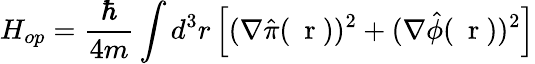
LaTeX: H_{op}=\frac{\hbar}{4m}\int d^{3}r\left[(\nabla\hat{\pi}(\mathrm{~\mathbf~r~}))^{2}+(\nabla\hat{\phi}(\mathrm{~\mathbf~r~}))^{2}\right]